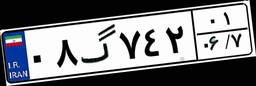
۶۹گ۶۴۲۶۶